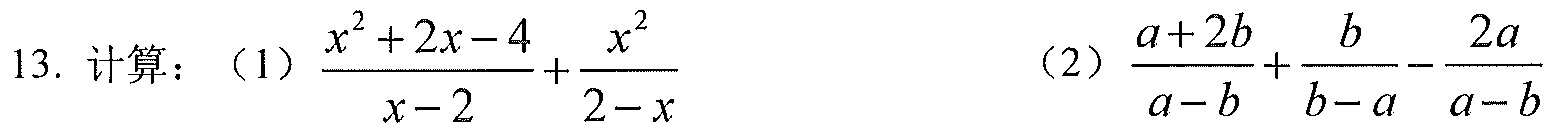
13. 计算：（1）\(\dfrac{x^{2}+2x - 4}{x - 2}+\dfrac{x^{2}}{2 - x}\)  （2）\(\dfrac{a + 2b}{a - b}+\dfrac{b}{b - a}-\dfrac{2a}{a - b}\)